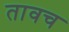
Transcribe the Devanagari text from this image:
तावच